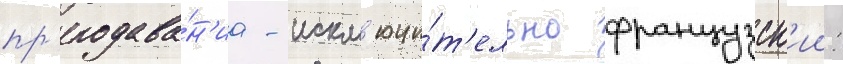
пр'еподава́н'иа - искл'ючи́т'ельно французск'ии: